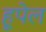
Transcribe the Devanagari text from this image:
हूपेल